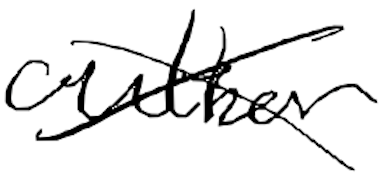
Text: author
Cross-out: cross
Writing tool: digital_black